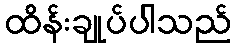
ထိန်းချုပ်ပါသည်